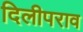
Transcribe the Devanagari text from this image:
दिलीपराव